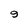
Character: 9